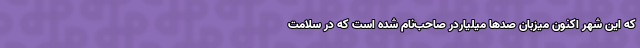
که این شهر اکنون میزبان صدها ميلياردر صاحب‌نام شده است که در سلامت